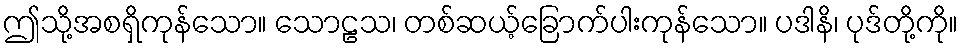
ဤသို့အစရှိကုန်သော။ သောဠသ၊ တစ်ဆယ့်ခြောက်ပါးကုန်သော။ ပဒါနိ၊ ပုဒ်တို့ကို။